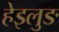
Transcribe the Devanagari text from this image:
हेइलुङ